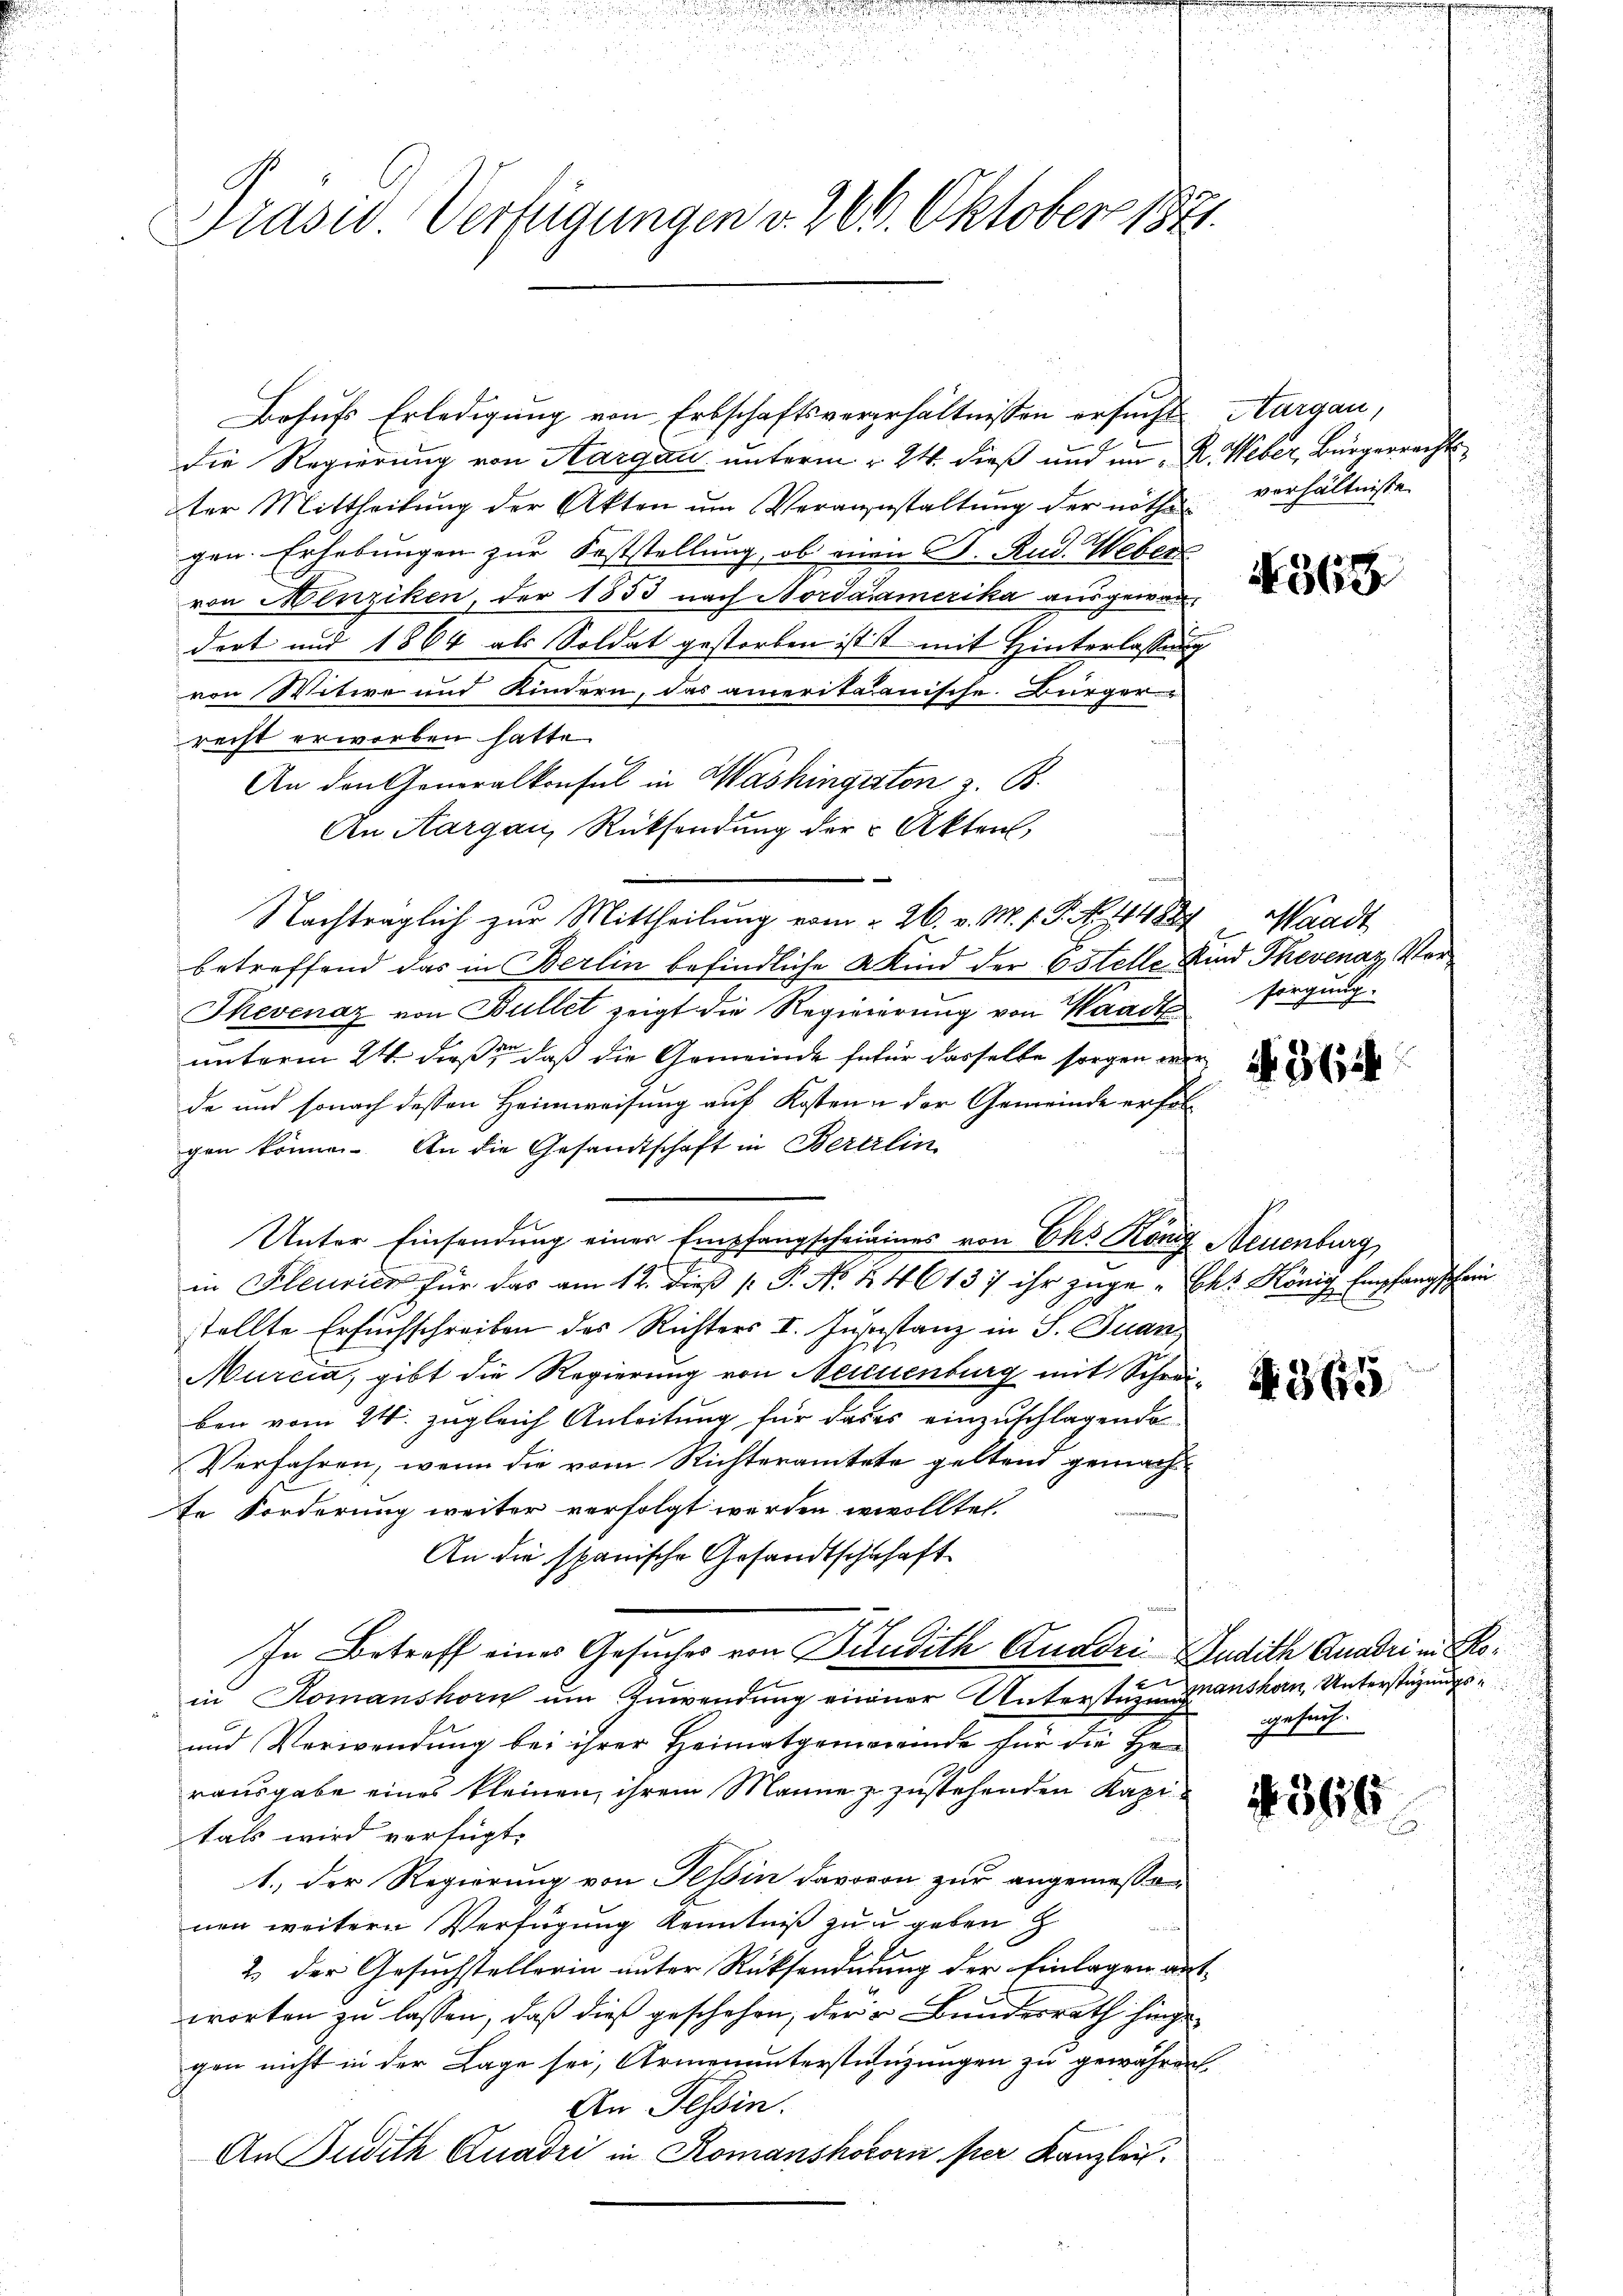
Präsid Verfügungen v. 206. Oktober 1841.

Behufs Erledigung von Erbschaftsvererhältnissen ersucht Aargau,
die Regierung von Aargau unterm 24. dieß und in R. Weber, Bürgerrecht
ter Mittheilŭng der Akten ŭm Veranstaltŭng der nöthe verhältnisse
gen. Erhebungen zur Feststellung, ob man D. Rud. Weber
von Menziken, der 1853 nach Nordaramerika ausgewandort und 1864 als Soldat gestorben ist mit Hinterlassung
von Witwe und Kindern, das ameritanische Bürger-
recht erworben hatte.
An den Generalkonsul in Washingeston z. B.
An Aargau, Rücksendung der Akten,
Nachträglich zur Mittheilung vom 26. v. M. s. S. No. 114889 Waadt
betreffend das in Berlin befindliche Kind der 6 Stelle Kind Thevenaz Vor¬
Thevenaz von Bullet zeigt die Regiererung von Waadt
unterm 24. dieß, daß die Gemeinde dafür dasselbe sorgen we
de und sonach dessen Heimweisung auf Kosten der Gemeinde erfolgen können. An die Gesandtschaft in Bererlin
Unter Einsendung einer Empfangscheinines von Eks König Neuenburg
in Kleurien für das am 12. dieß [ P. No. 246137 ihr zuge-Chr. König Empfangschein
stellte Ersuchschreiben des Richters II. Justistanz in S. Quan
Murcia, gibt die Regierung von Neuenburg mit Schrei-
ben vom 24. zugleich Anleitung für das es einzuschlagende
Verfahren, wenn die vom Richteramtete geltend gemachte Forderung weiter verfolgt werden wolltet.
An die spanische Gesandtschuhaft
In Betreff eines Gesuches von Baudith Quadri Audith Quadri in Roin Komanshorn um Zuwendung einer Unterstüzungsanshan, Unterstüzungs¬
und Verwendung bei ihrer Heimatgemeinde für die Herausgabe eines kleinen, ihrem Manne zu zustehenden Kapitals wird verfügt:
1. Der Regierung von Tessin davovon zur angemessenen weitern Verfügung Kenntniß zu u geben z
2. der Gesuchstellerin unter Rücksenderung der Einlagen an
worten zu lassen, daß dies geschehen, der u. Bundesrath hingegen nicht in der Lage sei, Armenunterstüzungen zu gewähren.
An Tessin.
An Judith Quadri in Romanshozorn per Kanzlei.

e

2

N 368

sorgung.

2

. 362

A 365

gesuch.

366